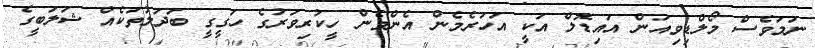
ނަމަވެސް މޯލްޑިވިއަން އައިޑޮލް އަކީ އަހަރެމެން އެންމެން ހީކުރިވަރުގެ ހަގީގީ ބަދަލުތަކެއް ޝަލަބީގެ